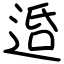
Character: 𨓈